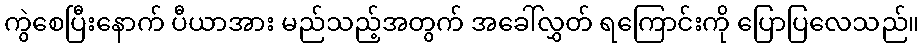
ကွဲစေပြီးနောက် ပီယာအား မည်သည့်အတွက် အခေါ်လွှတ် ရကြောင်းကို ပြောပြလေသည်။